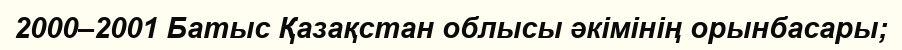
2000–2001 Батыс Қазақстан облысы әкімінің орынбасары;